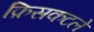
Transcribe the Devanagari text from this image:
फ़िसकटले